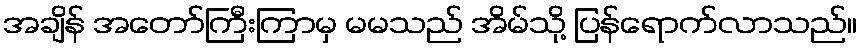
အချိန် အတော်ကြီးကြာမှ မမသည် အိမ်သို့ ပြန်ရောက်လာသည်။